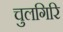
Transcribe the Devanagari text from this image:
चुलगिरि